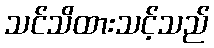
သင်သိထားသင့်သည်